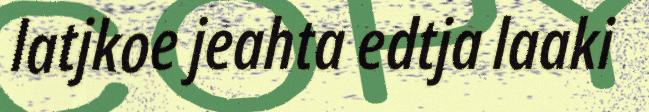
latjkoe jeahta edtja laaki